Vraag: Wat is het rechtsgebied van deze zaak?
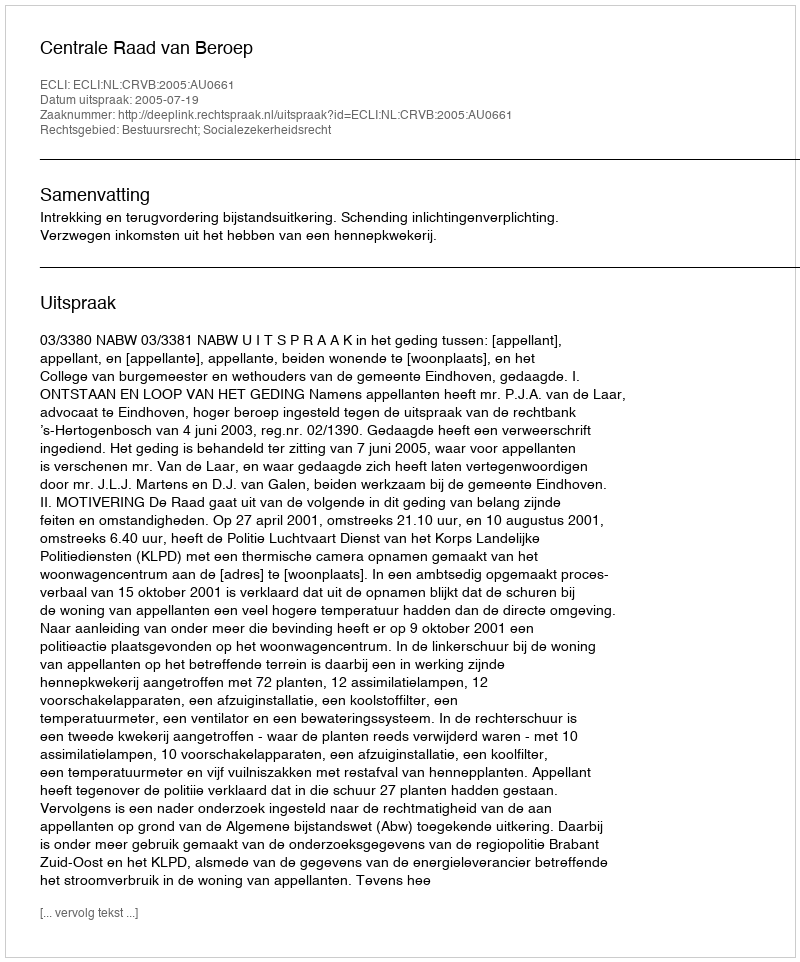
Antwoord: Bestuursrecht; Socialezekerheidsrecht